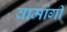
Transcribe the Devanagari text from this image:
वामांगीं